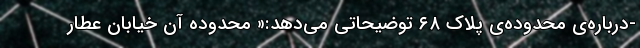
-درباره‌ی محدوده‌ی پلاک ۶۸ توضیحاتی می‌دهد:« محدوده آن خیابان عطار